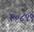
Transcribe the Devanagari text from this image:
२०८९९